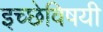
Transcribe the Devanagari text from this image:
इच्छेविषयी